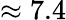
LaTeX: \approx 7.4